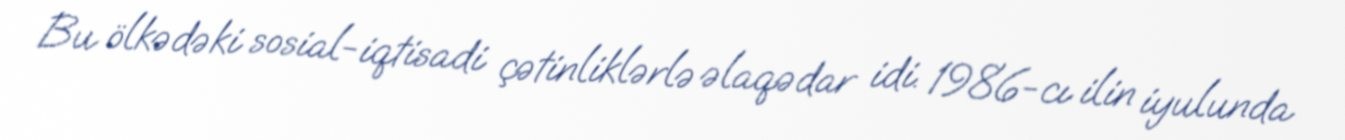
Bu ölkədəki sosial-iqtisadi çətinliklərlə əlaqədar idi. 1986-cı ilin iyulunda